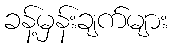
ခန့်မှန်းချက်များ